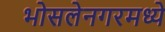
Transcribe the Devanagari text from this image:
भोसलेनगरमध्ये